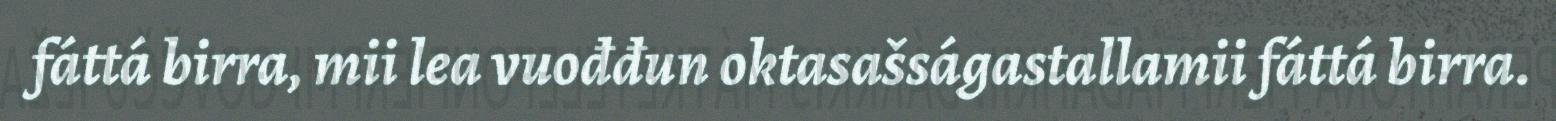
fáttá birra, mii lea vuođđun oktasašságastallamii fáttá birra.